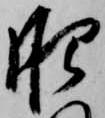
肥